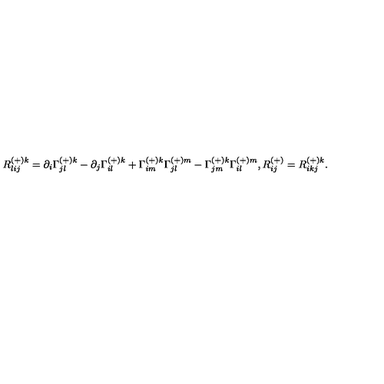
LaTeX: R _ { l i j } ^ { ( + ) k } = \partial _ { i } \Gamma _ { j l } ^ { ( + ) k } - \partial _ { j } \Gamma _ { i l } ^ { ( + ) k } + \Gamma _ { i m } ^ { ( + ) k } \Gamma _ { j l } ^ { ( + ) m } - \Gamma _ { j m } ^ { ( + ) k } \Gamma _ { i l } ^ { ( + ) m } , R _ { i j } ^ { ( + ) } = R _ { i k j } ^ { ( + ) k } .